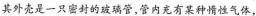
其外壳是一只密封的玻璃管，管内充有某种情性气体，